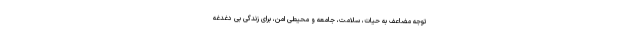
توجه مضاعف به حیات، سلامت، جامعه و محیطی امن، برای زندگی بی دغدغه